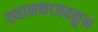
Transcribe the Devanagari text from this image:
स्थानकाजवळून